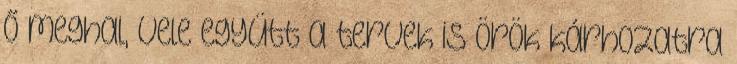
ő meghal, vele együtt a tervek is örök kárhozatra